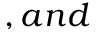
, a n d